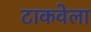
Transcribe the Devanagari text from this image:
टाकवेला